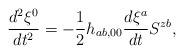
\begin{align*}\frac{d^{2}\xi^{0}}{dt^{2}}=-\frac{1}{2}h_{ab,00}\frac{d\xi^{a}}{dt}S^{zb},\end{align*}